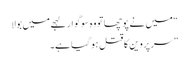
“ میں نے پوچھاتو وہ سوگوار لہجے میں بولا
” سر پروین کا قتل ہو گیا ہے۔